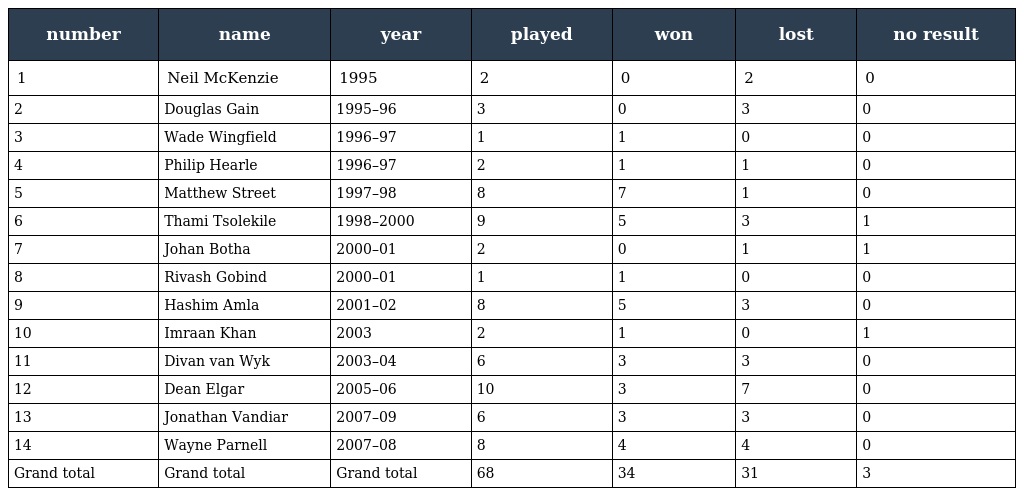
| number | name | year | played | won | lost | no result |
 | --- | --- | --- | --- | --- | --- | --- |
 | 1 | Neil McKenzie | 1995 | 2 | 0 | 2 | 0 |
 | 2 | Douglas Gain | 1995–96 | 3 | 0 | 3 | 0 |
 | 3 | Wade Wingfield | 1996–97 | 1 | 1 | 0 | 0 |
 | 4 | Philip Hearle | 1996–97 | 2 | 1 | 1 | 0 |
 | 5 | Matthew Street | 1997–98 | 8 | 7 | 1 | 0 |
 | 6 | Thami Tsolekile | 1998–2000 | 9 | 5 | 3 | 1 |
 | 7 | Johan Botha | 2000–01 | 2 | 0 | 1 | 1 |
 | 8 | Rivash Gobind | 2000–01 | 1 | 1 | 0 | 0 |
 | 9 | Hashim Amla | 2001–02 | 8 | 5 | 3 | 0 |
 | 10 | Imraan Khan | 2003 | 2 | 1 | 0 | 1 |
 | 11 | Divan van Wyk | 2003–04 | 6 | 3 | 3 | 0 |
 | 12 | Dean Elgar | 2005–06 | 10 | 3 | 7 | 0 |
 | 13 | Jonathan Vandiar | 2007–09 | 6 | 3 | 3 | 0 |
 | 14 | Wayne Parnell | 2007–08 | 8 | 4 | 4 | 0 |
 | Grand total | Grand total | Grand total | 68 | 34 | 31 | 3 |